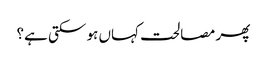
پھر مصالحت کہاں ہو سکتی ہے؟